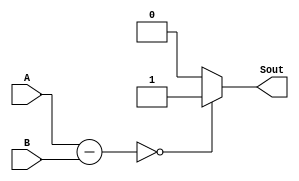
module Comparator(Sout,A,B);
input [5:0]A,B;
output Sout;
assign Sout=(A-B==6'd0)?1'b1:1'b0;
endmodule